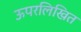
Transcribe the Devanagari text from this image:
ऊपरलिखित